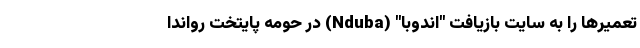
تعمیرها را به سایت بازیافت "اندوبا" (Nduba) در حومه پایتخت رواندا